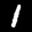
Label: 1